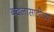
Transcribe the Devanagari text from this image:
बदलासाठीच्या